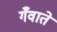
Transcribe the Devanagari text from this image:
गँवाते